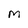
Character: M